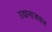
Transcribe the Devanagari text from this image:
उद्यानाजवळ